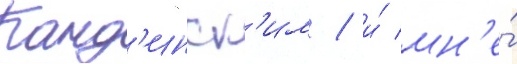
Канд'инск'им / и́ мн'е́